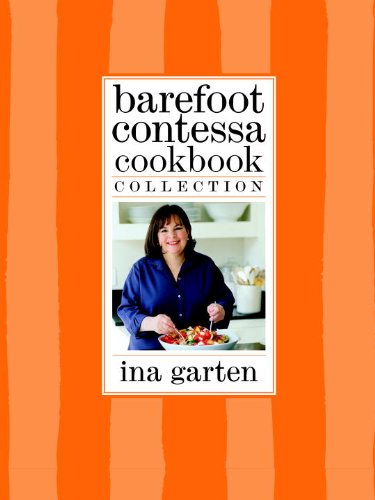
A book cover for Barefoot Contessa Cookbook Collection: The Barefoot Contessa Cookbook, Barefoot Contessa Parties!, and Barefoot Contessa Family Style; Ina Garten; Cookbooks, Food & Wine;